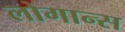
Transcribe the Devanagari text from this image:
लोगान्स